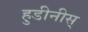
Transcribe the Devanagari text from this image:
हुडीनीस्